Plague in India, 1896, 1897 - Volume 3
Year: 1896
Disease focus: Plague
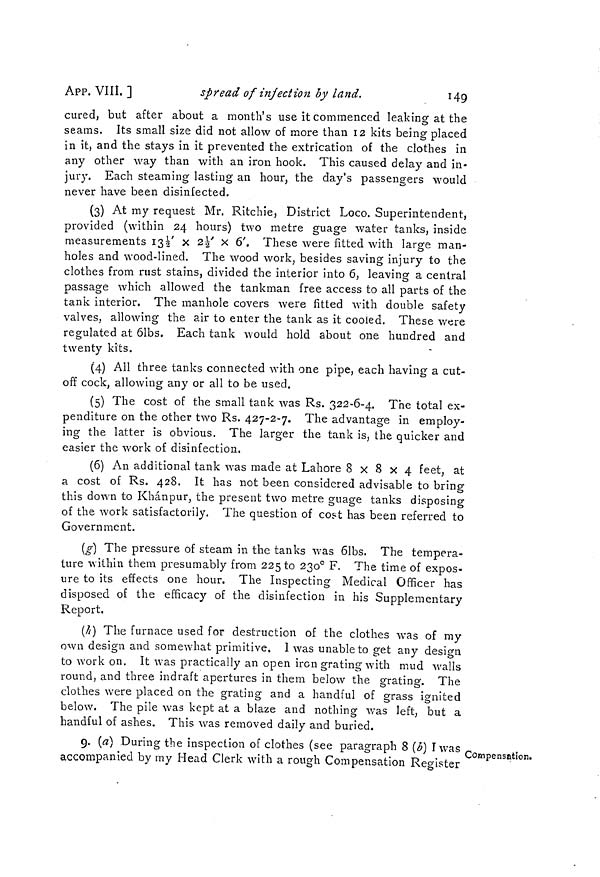
149
APP. VIII. ]
spread of injection by land.
cured, but after about a month's use it commenced leaking at the
seams. Its small size did not allow of more than 12 kits being placed
in it, and the stays in it prevented the extrication of the clothes in
any other way than with an iron hook. This caused delay and in-
jury. Each steaming lasting an hour, the day's passengers would
never have been disinfected.
(3) At my request Mr. Ritchie, District Loco. Superintendent,
provided (within 24 hours) two metre guage water tanks, inside
measurements 13 1/2' x 2 1/2' x 6'. These were fitted with large man-
holes and wood-lined. The wood work, besides saving injury to the
clothes from rust stains, divided the interior into 6, leaving a central
passage which allowed the tankman free access to all parts of the
tank interior. The manhole covers were fitted with double safety
valves, allowing the air to enter the tank as it cooled. These were
regulated at 61bs. Each tank would hold about one hundred and
D
twenty kits.
(4) All three tanks connected with one pipe, each having a cut-
off cock, allowing any or all to be used.
(5) The cost of the small tank was Rs. 322-6-4. The total ex-
penditure on the other two Rs. 427-2-7. The advantage in employ-
ing the latter is obvious. The larger the tank is, the quicker and
easier the work of disinfection.
(6) An additional tank was made at Lahore 8x8x4 feet, at
a cost of Rs. 428. It has not been considered advisable to bring
this down to Khanpur, the present two metre guage tanks disposing
of the work satisfactorily. The question of cost has been referred to
Government.
(g) The pressure of steam in the tanks was 61bs. The tempera-
ture within them presumably from 225 to 230° F. The time of expos-
ure to its effects one hour. The Inspecting Medical Officer has
disposed of the efficacy of the disinfection in his Supplementary
Report.
(h) The furnace used for destruction of the clothes was of my
own design and somewhat primitive. I was unable to get any design
to work on. It was practically an open iron grating with mud walls
round, and three indraft apertures in them below the grating. The
clothes were placed on the grating and a handful of grass ignited
below. The pile was kept at a blaze and nothing was left, but a
handful of ashes. This was removed daily and buried.
Compensation.
9. (a] During the inspection of clothes (see paragraph 8 (b) I was
accompanied by my Head Clerk with a rough Compensation Register